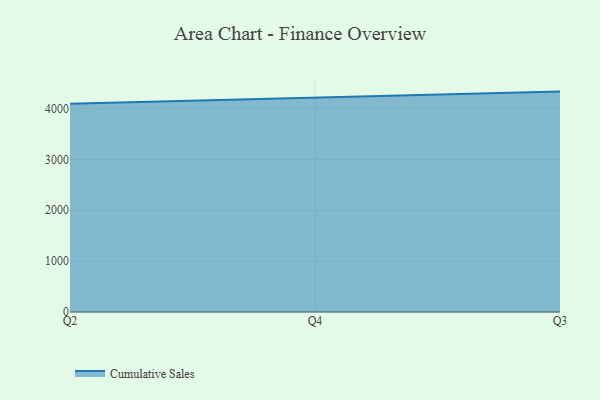
{"axis": {"x": "Quarter", "y": "Churn Rate (%)"}, "legend": ["Cumulative Sales"], "data": [{"x": "Q2", "y": 4093.9, "type": "Cumulative Sales"}, {"x": "Q4", "y": 4215.7, "type": "Cumulative Sales"}, {"x": "Q3", "y": 4333.4, "type": "Cumulative Sales"}]}